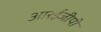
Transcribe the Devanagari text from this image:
आरईजीपी